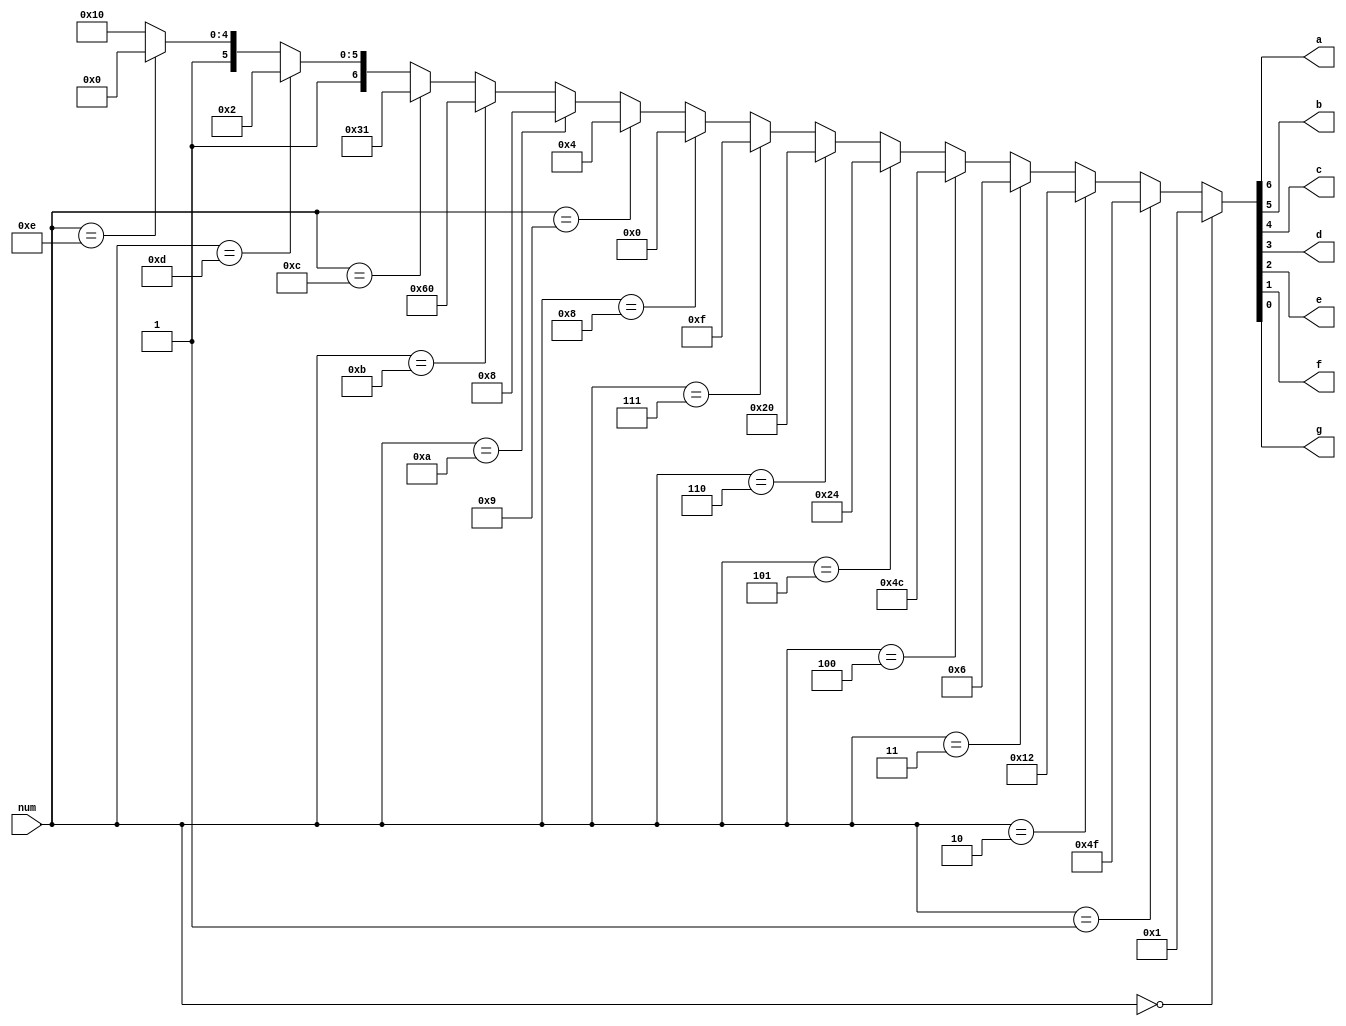
`timescale 1ns / 1ps
//////////////////////////////////////////////////////////////////////////////////
// Company: KAUST
// 
// Design Name: 
// Module Name: sevenseg
// Project Name: 
// Target Devices: Nexys A7 100T
// Tool Versions: 
// Description: 
// 
// Dependencies: 
// 
// Revision:
// Revision 0.01 - File Created
// Additional Comments:
// 
//////////////////////////////////////////////////////////////////////////////////


module sevenseg(
    input [3:0] num,
    output a,b,c,d,e,f,g
    
);
    wire[6:0] segment ;
// the seven segments code from HW 1, is a decoder. 
    assign segment = (num == 4'h0) ? 7'h01: 
                     (num == 4'h1) ? 7'h4f:
                     (num == 4'h2) ? 7'h12:
                     (num == 4'h3) ? 7'h06:
                     (num == 4'h4) ? 7'h4c:
                     (num == 4'h5) ? 7'h24:
                     (num == 4'h6) ? 7'h20:
                     (num == 4'h7) ? 7'h0f:
                     (num == 4'h8) ? 7'h00:
                     (num == 4'h9) ? 7'h04:
                     (num == 4'ha) ? 7'h08:
                     (num == 4'hb) ? 7'h60:
                     (num == 4'hc) ? 7'h31:
                     (num == 4'hd) ? 7'h42:
                     (num == 4'he) ? 7'h60:
                     (num == 4'hf) ? 7'h70: 7'h70;
                     
                     assign a= segment[6];
                     assign b= segment[5];
                     assign c= segment[4];
                     assign d= segment[3];
                     assign e= segment[2];
                     assign f= segment[1];
                     assign g= segment[0];
endmodule